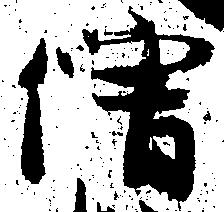
僧